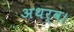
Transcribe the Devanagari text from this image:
अथर्व।